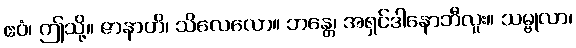
ဧဝံ၊ ဤသို့။ ဇာနာဟိ၊ သိလေလော။ ဘန္တေ၊ အရှင်ဒါနောဘီလူး။ သမ္ဗုလာ၊